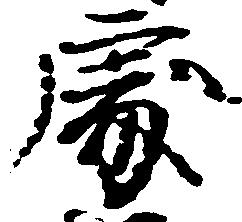
処